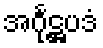
အင်္ဂုဋ္ဌပဒံ